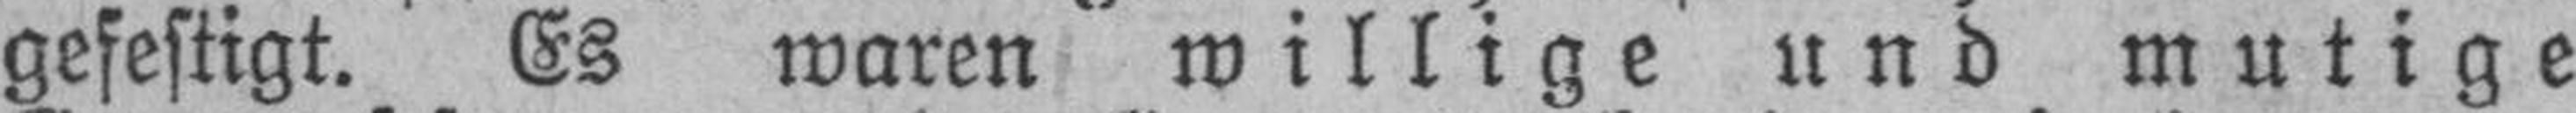
gefestigt. Es waren willige und mutige